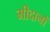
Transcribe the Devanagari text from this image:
मीदानों